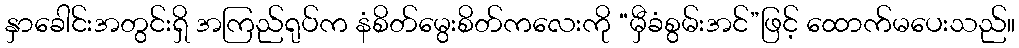
နှာခေါင်းအတွင်းရှိ အကြည်ရုပ်က နံစိတ်မွေးစိတ်ကလေးကို “မှီခံစွမ်းအင်”ဖြင့် ထောက်မပေးသည်။